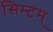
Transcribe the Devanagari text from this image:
सिम्टम्